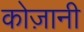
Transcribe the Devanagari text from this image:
कोज़ानी